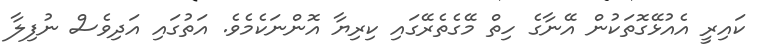
ކައިރީ އެއުޅޭގޮތަކުން އޭނާގެ ހިތް މޭގެތެރޭގައި ކިރިޔާ އޮންނަކެމެވެ. އަތުގައި އަދިވެސް ނުފިލާ